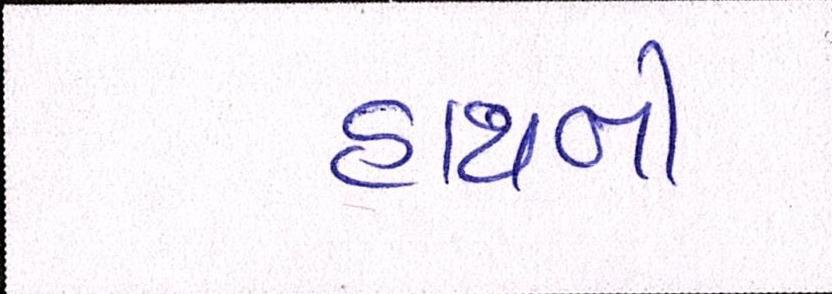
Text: હાથની